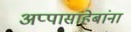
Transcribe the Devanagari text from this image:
अप्पासाहेबांना